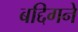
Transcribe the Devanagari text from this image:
बद्दिगने